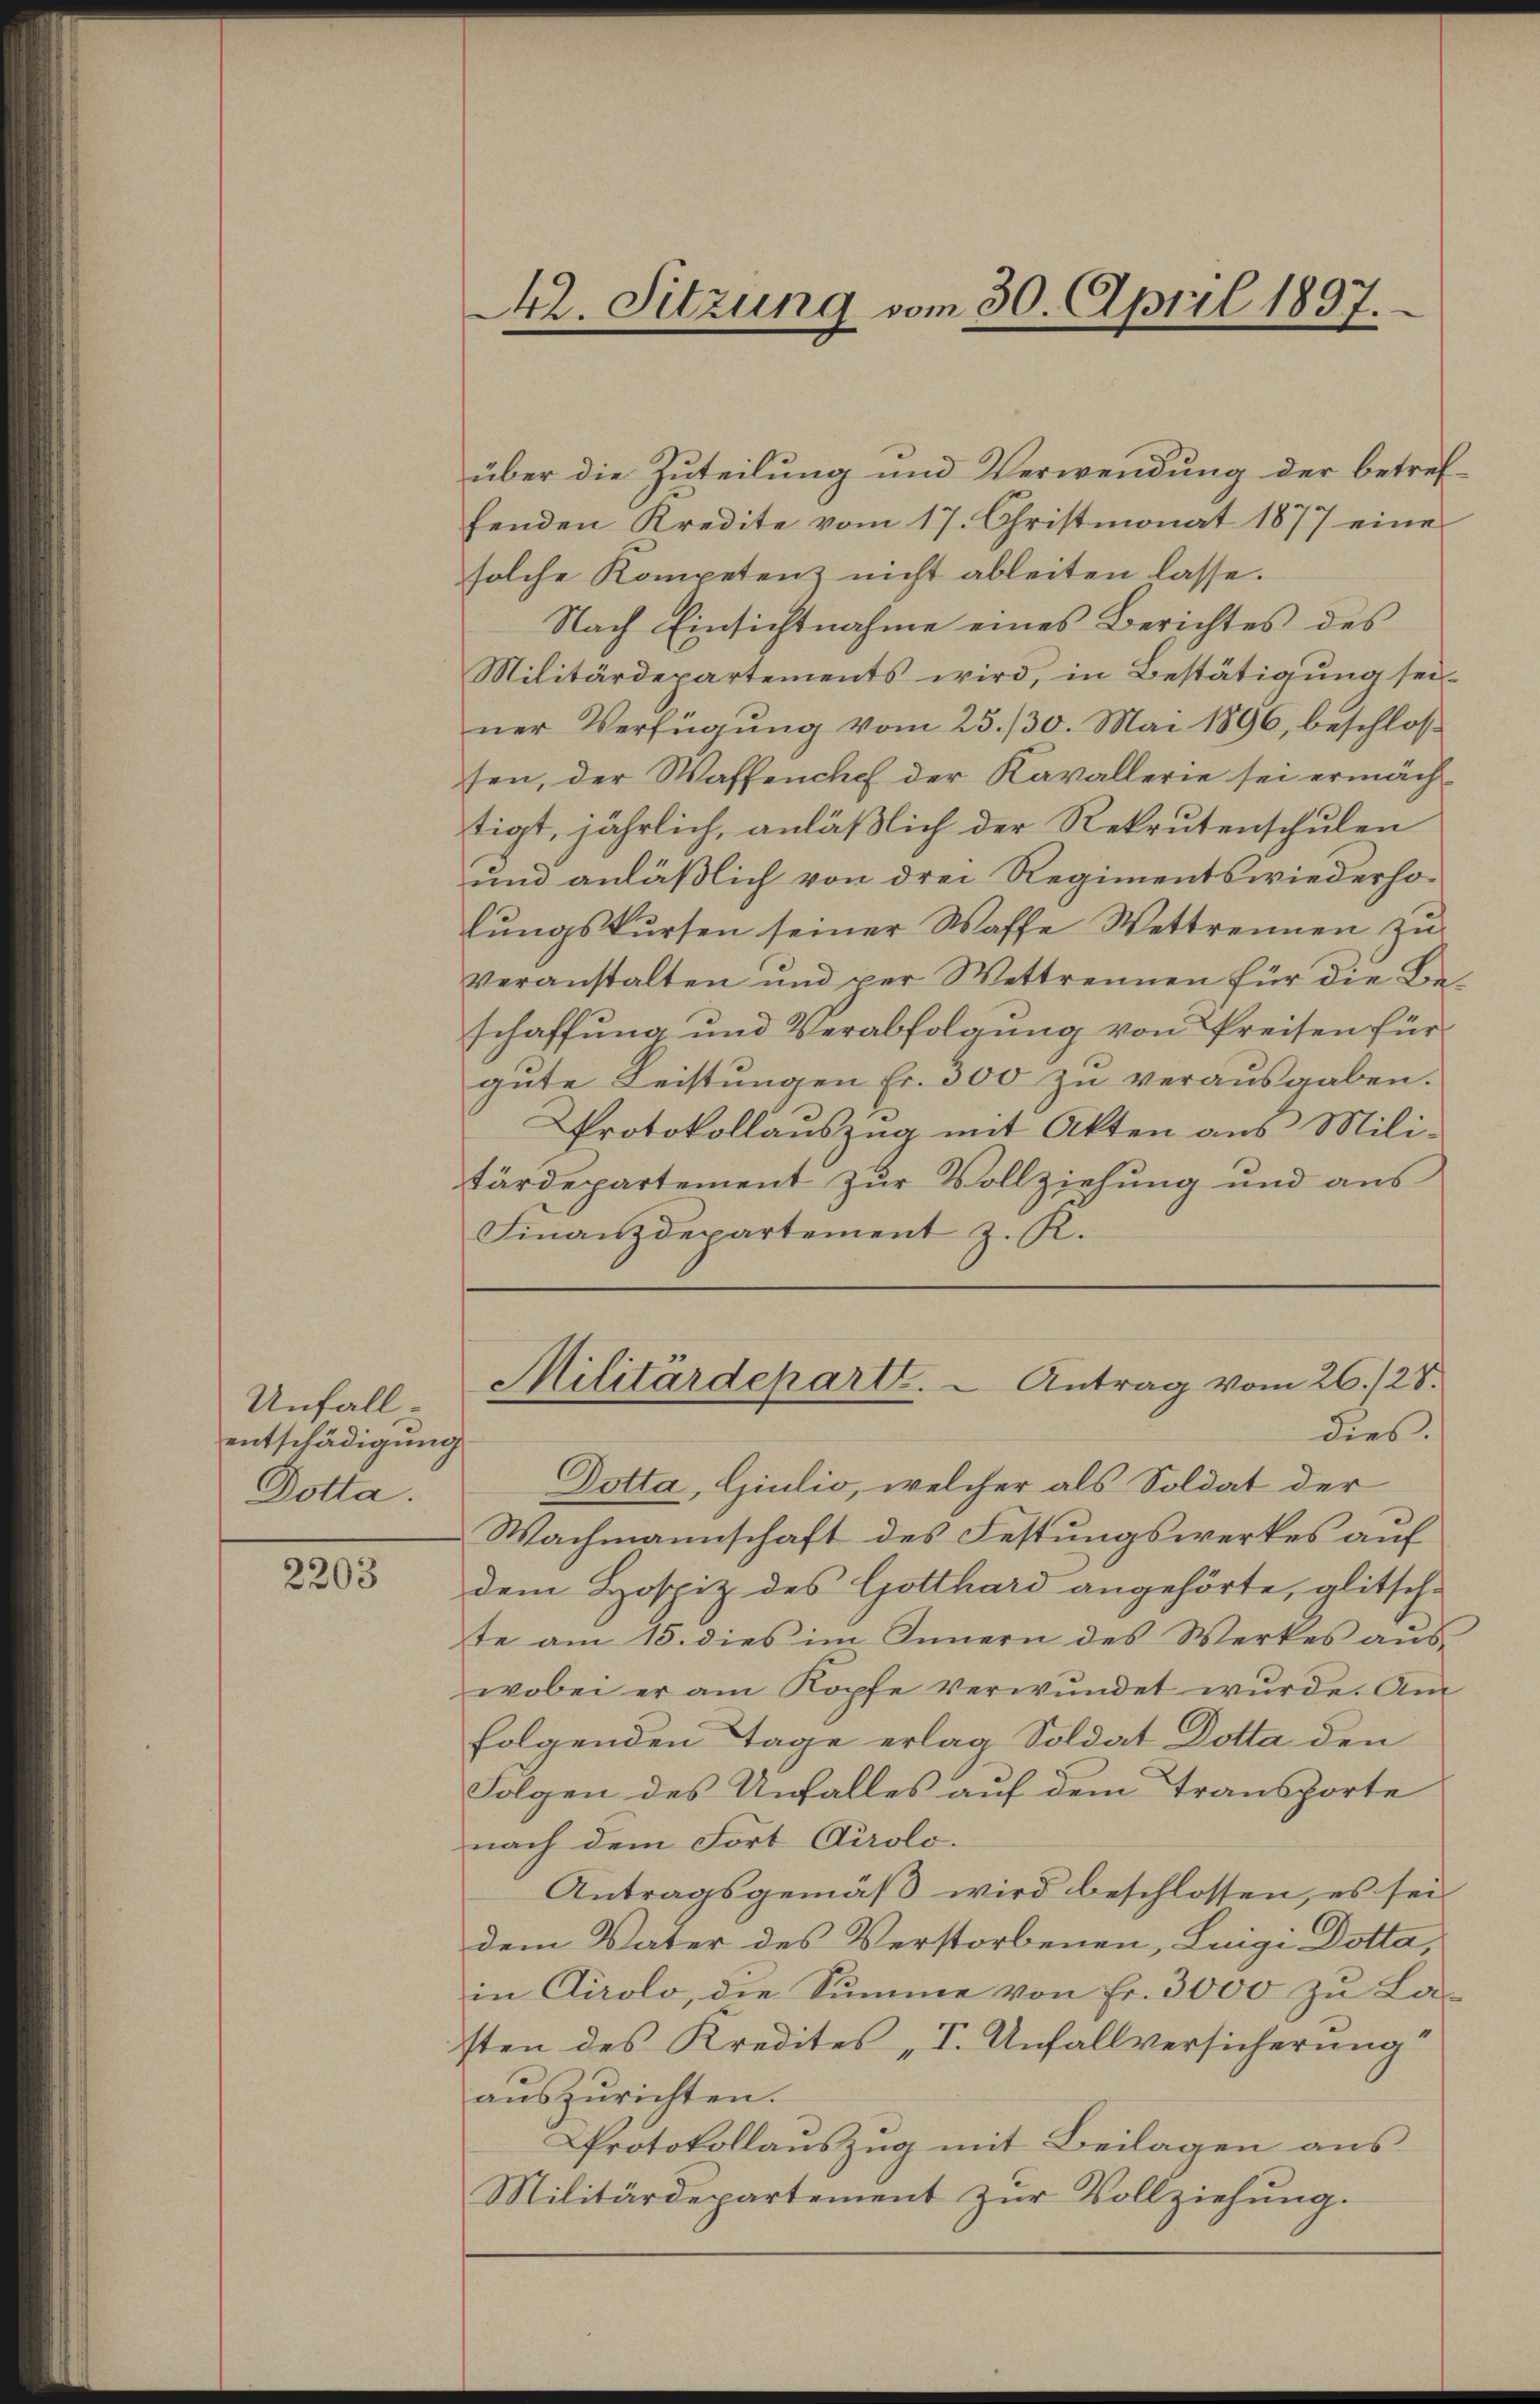
Unfall
entschädigung
Dotta.

2203

42. Sitzung vom 30. April 1897.

über die Zuteilung und Verwendung der betreffenden Kredite vom 17. Christmonat 1877 eine
solche Kompetenz nicht ableiten lasse.
Nach Einsichtnahme eines Berichtes des
Militärdepartements wird, in Bestätigung seiner Verfügung vom 25./30. Mai 1896, beschlossen, der Waffenchef der Kavallerie sei ermächtigt, jährlich, anläßlich der Rekrutenschulen
und anläßlich von drei Regiments wiederholŭngskŭrsen seiner Waffe Wettrennen zŭ
veranstalten und per Wettrennen für die Ba-
schaffung und Verabfolgung von Preisen für
gute Leistungen Fr. 300 zu verausgaben.
Protokollauszug mit Akten aus Militärdepartement zur Vollziehung und aus
Finanzdepartement z. K.

Militärdepart.  Antrag vom 26./28.
dies.

Dotta, Giulio, welcher als Soldat der
Wachmannschaft des Festungswerkes auf
dem Hospiz des Gotthard angehörte, glitsch-
te am 15. dies im Innern des Werkes auswobei er am Kopfe verwŭndet wŭrde. Am
folgenden Tage erlag Soldat Dotta den
Folgen des Unfalles auf dem Transporte
nach dem Fort Airolo.
Antragsgemäß wird beschlossen, es sei
dem Vater des Verstorbenen, Luigi Dotta,
in Airolo, die Summe von Fr. 3000 zu Lasten des Kredites „I. Unfallversicherung
aŭszŭrichten.
Protokollauszug mit Beilagen aus
Militärdepartement zur Vollziehung.